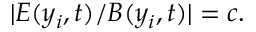
| E ( y _ { i } , t ) / B ( y _ { i } , t ) | = c .